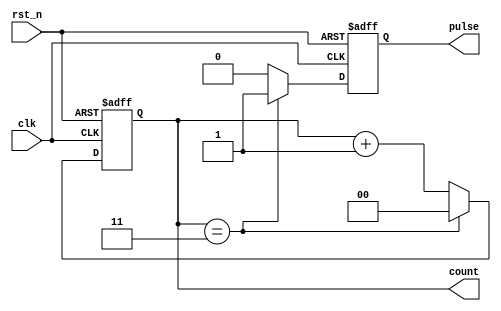
module divide_by_n_counter #(parameter N = 4) (
    input wire clk,          // Clock input
    input wire rst_n,       // Asynchronous reset, active low
    output reg pulse,       // Output pulse after every N clock cycles
    output reg [clog2(N)-1:0] count // Counter state
);

// Function to calculate log2
function integer clog2;
    input integer value;
    begin
        value = value - 1;
        for (clog2 = 0; value > 0; clog2 = clog2 + 1)
            value = value >> 1;
    end
endfunction

// Counter logic
always @(posedge clk or negedge rst_n) begin
    if (!rst_n) begin
        count <= 0;  // Reset counter to 0
        pulse <= 0;  // Reset pulse
    end else begin
        if (count == N-1) begin
            count <= 0;   // Reset counter after reaching N-1
            pulse <= 1;    // Set the pulse high
        end else begin
            count <= count + 1; // Increment counter
            pulse <= 0;          // Pulse is low for all other counts
        end
    end
end

endmodule